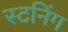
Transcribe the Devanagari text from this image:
स्टनिंग